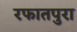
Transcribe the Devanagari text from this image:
रफातपुरा